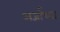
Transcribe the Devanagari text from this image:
अर्जाच्या